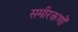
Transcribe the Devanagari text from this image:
समीरकणों